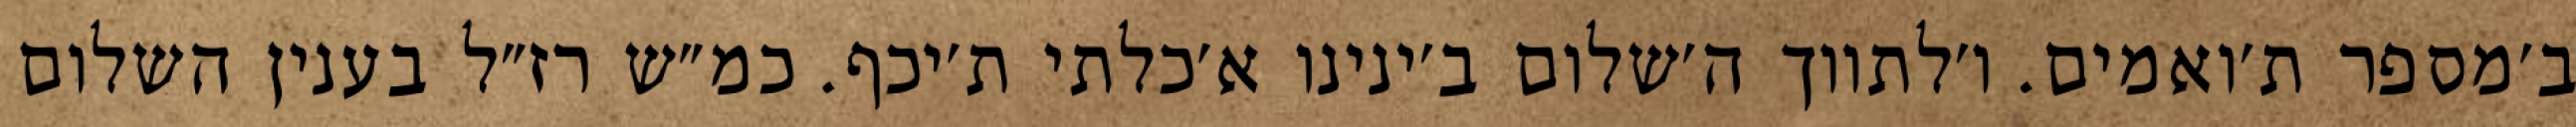
ב׳מספר ת׳ואמים. ו׳לתווך ה׳שלום ב׳ינינו א׳כלתי ת׳יכף. כמ״ש רז״ל בענין השלום